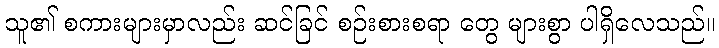
သူ၏ စကားများမှာလည်း ဆင်ခြင် စဉ်းစားစရာ တွေ များစွာ ပါရှိလေသည်။